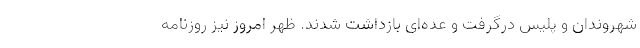
شهروندان و پلیس درگرفت و عده‌ای بازداشت شدند. ظهر امروز نیز روزنامه